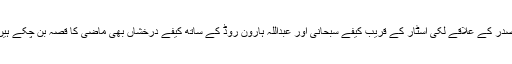
صدر کے علاقے لکی اسٹار کے قریب کیفے سبحانی اور عبداللہ ہارون روڈ کے ساتھ کیفے درخشاں بھی ماضی کا قصہ بن چکے ہیں۔